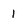
Character: 1